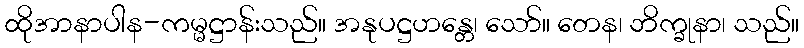
ထိုအာနာပါန-ကမ္မဋ္ဌာန်းသည်။ အနုပဋ္ဌဟန္တေ၊ သော်။ တေန၊ ဘိက္ခုနာ၊ သည်။